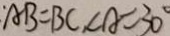
A B = B C , \angle A = 3 0 ^ { \circ }